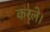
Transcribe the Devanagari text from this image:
करले।